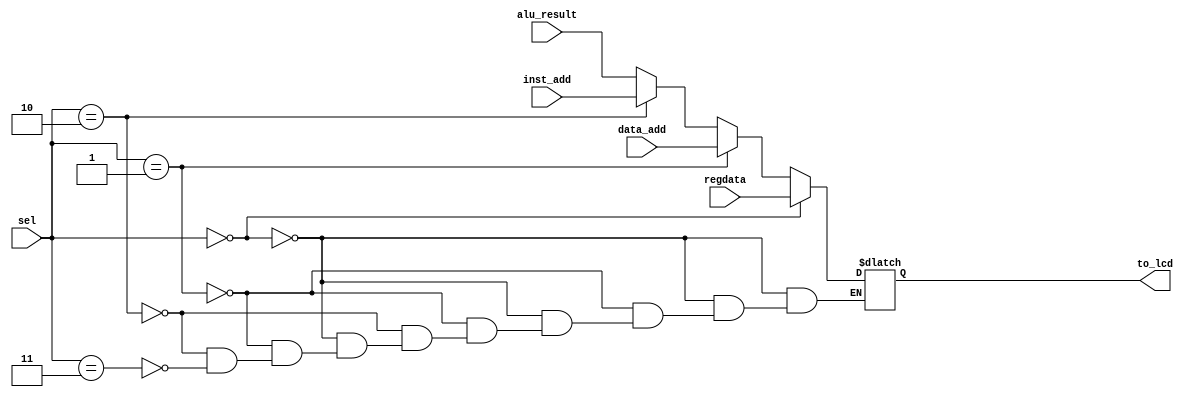



// file mux31.v


module mux31(
	input wire [31:0] regdata,
	input wire [31:0] data_add,
	input wire [31:0] inst_add,
	input wire [31:0] alu_result,
	input wire [1:0] sel,
	output reg [31:0] to_lcd);
	
always @* begin
	if (sel == 2'b00) begin
		to_lcd = regdata;
	end else if (sel == 2'b01) begin
		to_lcd = data_add;
	end else if (sel == 2'b10) begin
		to_lcd = inst_add;
	end else if (sel == 2'b11) begin
		to_lcd = alu_result;
	end
end

endmodule